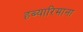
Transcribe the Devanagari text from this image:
हब्‍यारिमाना